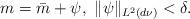
LaTeX: \begin{align*}m=\bar{m}+\psi,\,\,\|\psi\|_{L^2(d\nu)}<\delta.\end{align*}